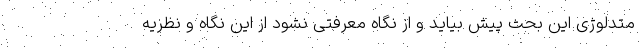
متدلوژی این بحث پیش بیاید و از نگاه معرفتی نشود از این نگاه و نظریه